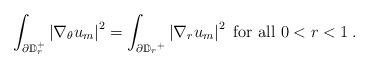
LaTeX: \begin{align*} \int_{\partial\mathbb{D}_r^+} \left\vert \nabla_{\theta} u_m\right\vert^2 =\int_{{\partial \mathbb D_r}^+}\left\vert \nabla_r u_m\right\vert^2 \hbox{ for all }0<r<1\hskip.1cm.\end{align*}